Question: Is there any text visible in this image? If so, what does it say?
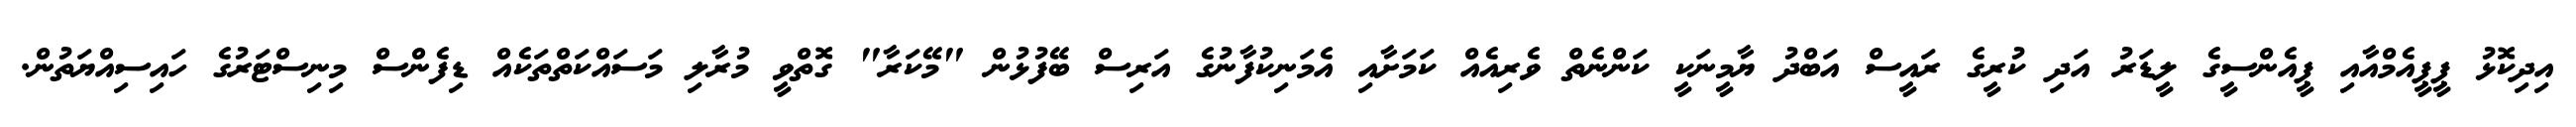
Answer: އިދިކޮޅު ޕީޕީއެމްއާއި ޕީއެންސީގެ ލީޑަރު އަދި ކުރީގެ ރައީސް އަބްދު ޔާމީނަކީ ކަންނެތް ވެރިއެއް ކަމަށާއި އެމަނިކުފާނުގެ އަރިސް ބޭފުޅުން "މޭކަރާ" ގޮތްވީ މުރާލި މަސައްކަތްތަކެއް ޑިފެންސް މިނިސްޓަރުގެ ހައިސިއްޔަތުން.